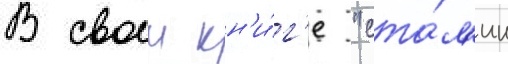
В своеи кн'и́г'е "ста́л'ин